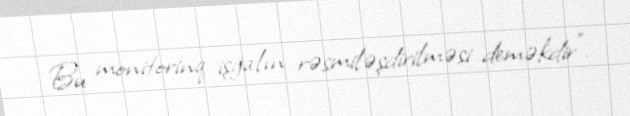
Bu monitorinq işğalın rəsmiləşdirilməsi deməkdir”.